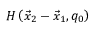
H \left( \vec { x } _ { 2 } - \vec { x } _ { 1 } , q _ { 0 } \right)